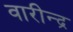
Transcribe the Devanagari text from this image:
वारीन्द्र